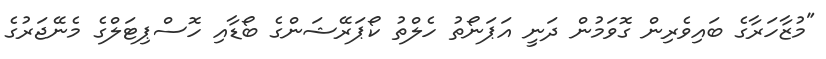
"މުޒާހަރާގެ ބައިވެރިން ގޮވަމުން ދަނީ އަޕަނޯތު ހެލްތު ކޯޕަރޭޝަންގެ ބޯޑާއި ހޮސްޕިޓަލްގެ މެނޭޖަރުގެ